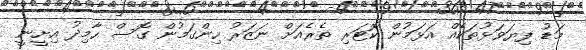
މަޑު ފިޔަވަޅުތަކެއް އަޅަމުން ކޮޓަރި ތެރެއަށް ނަޒަރު ހިންގަމުން ގޮސް ހާމިދު އިށީނީ